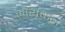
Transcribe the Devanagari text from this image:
मॉरफिन